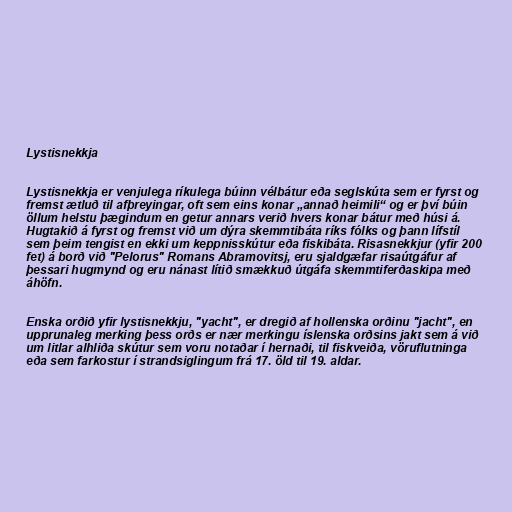
Lystisnekkja

Lystisnekkja er venjulega ríkulega búinn vélbátur eða seglskúta sem er fyrst og
fremst ætluð til afþreyingar, oft sem eins konar „annað heimili“ og er því búin
öllum helstu þægindum en getur annars verið hvers konar bátur með húsi á.
Hugtakið á fyrst og fremst við um dýra skemmtibáta ríks fólks og þann lífstíl
sem þeim tengist en ekki um keppnisskútur eða fiskibáta. Risasnekkjur (yfir 200
fet) á borð við "Pelorus" Romans Abramovitsj, eru sjaldgæfar risaútgáfur af
þessari hugmynd og eru nánast lítið smækkuð útgáfa skemmtiferðaskipa með
áhöfn.

Enska orðið yfir lystisnekkju, "yacht", er dregið af hollenska orðinu "jacht", en
upprunaleg merking þess orðs er nær merkingu íslenska orðsins jakt sem á við
um litlar alhliða skútur sem voru notaðar í hernaði, til fiskveiða, vöruflutninga
eða sem farkostur í strandsiglingum frá 17. öld til 19. aldar.